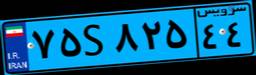
۷۵S۸۲۵۴۴